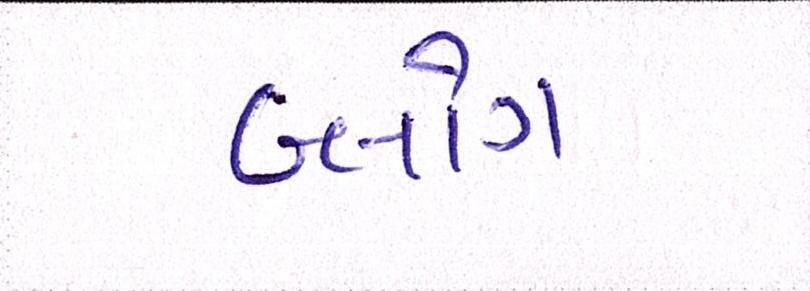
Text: બ્લોગ